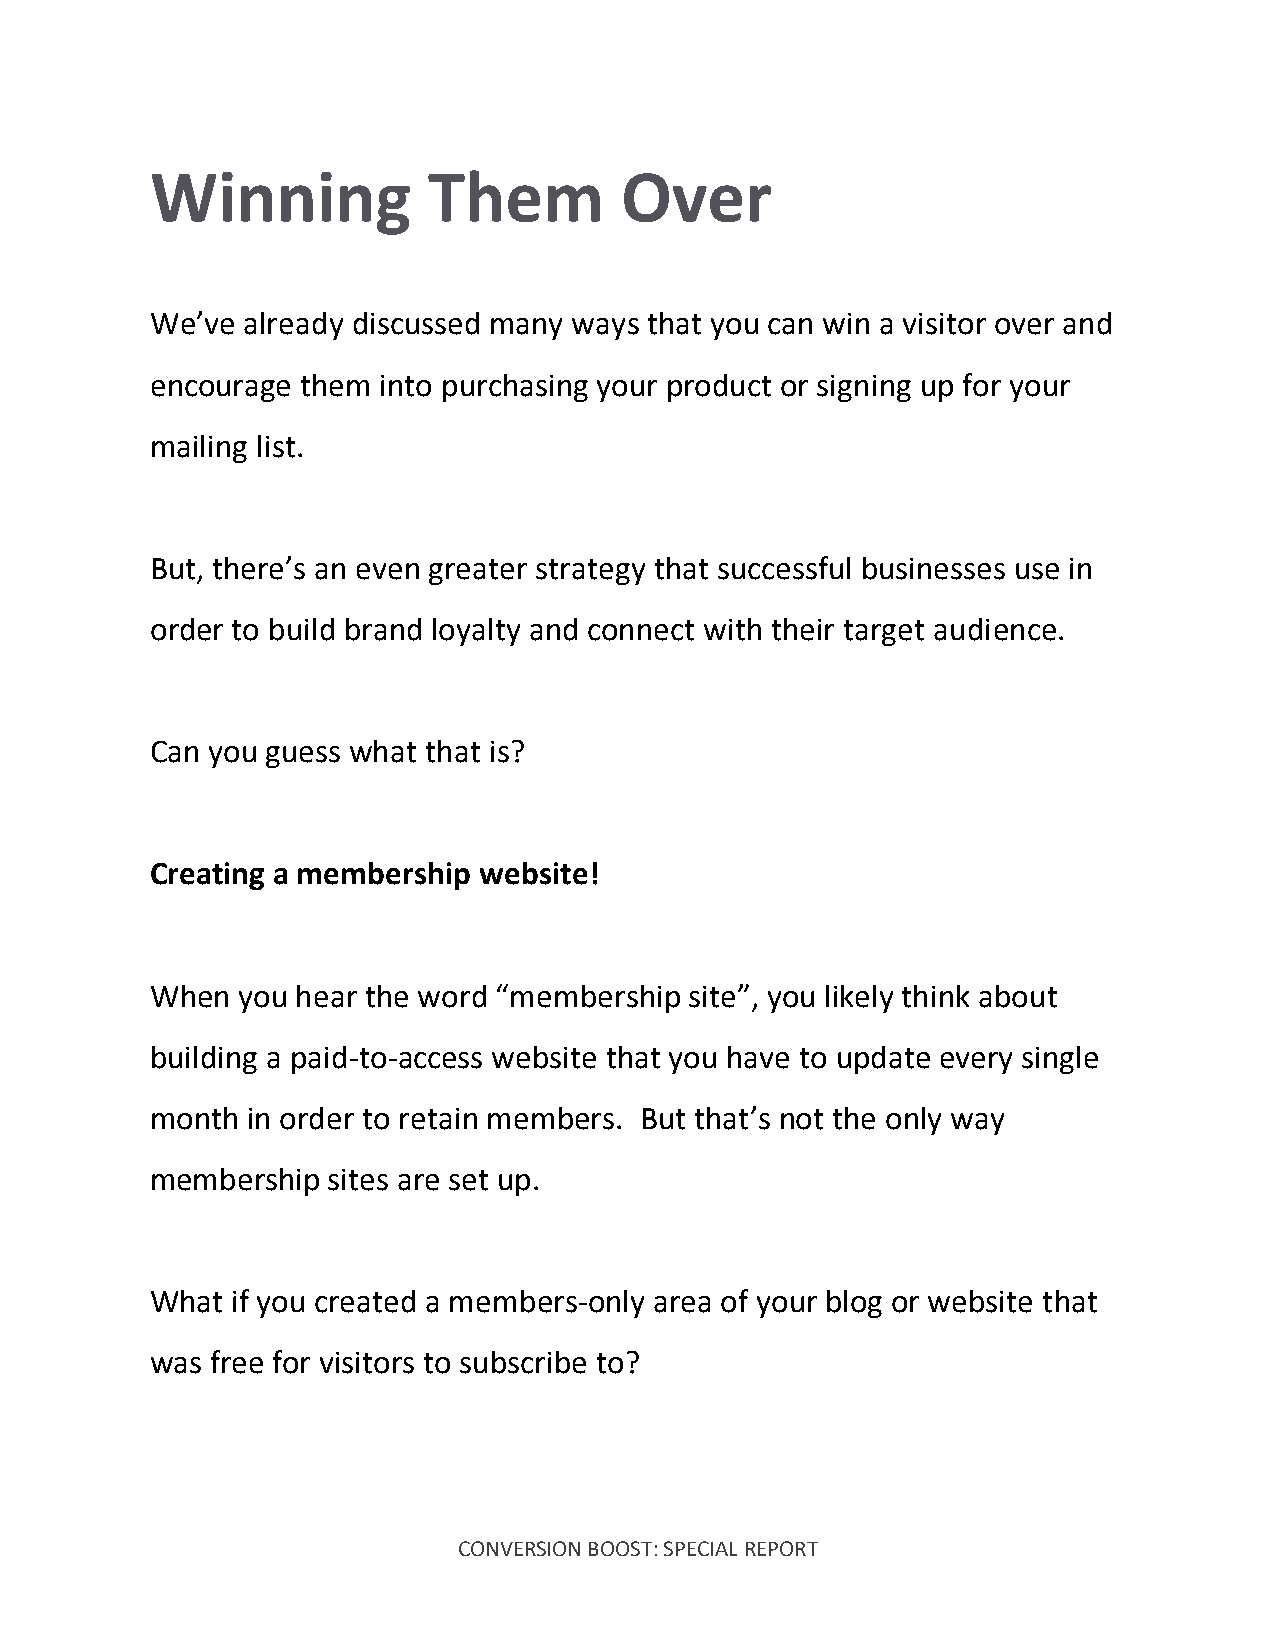
Winning           Them         Over
 We’ve already discussed many ways that you can win a visitor over and
 encourage them into purchasing your product or signing up for your
 mailing list.
 But, there’s an even greater strategy that successful businesses use in
 order to build brand loyalty and connect with their target audience.
 Can you guess what that is?
 Creating a membership website!
 When  you hear the word “membership site”, you likely think about
 building a paid-to-access website that you have to update every single
 month in order to retain members. But that’s not the only way
 membership  sites are set up.
 What if you created a members-only area of your blog or website that
 was free for visitors to subscribe to?
 CONVERSION BOOST: SPECIAL REPORT